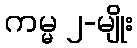
ကမ္မ ၂-မျိုး